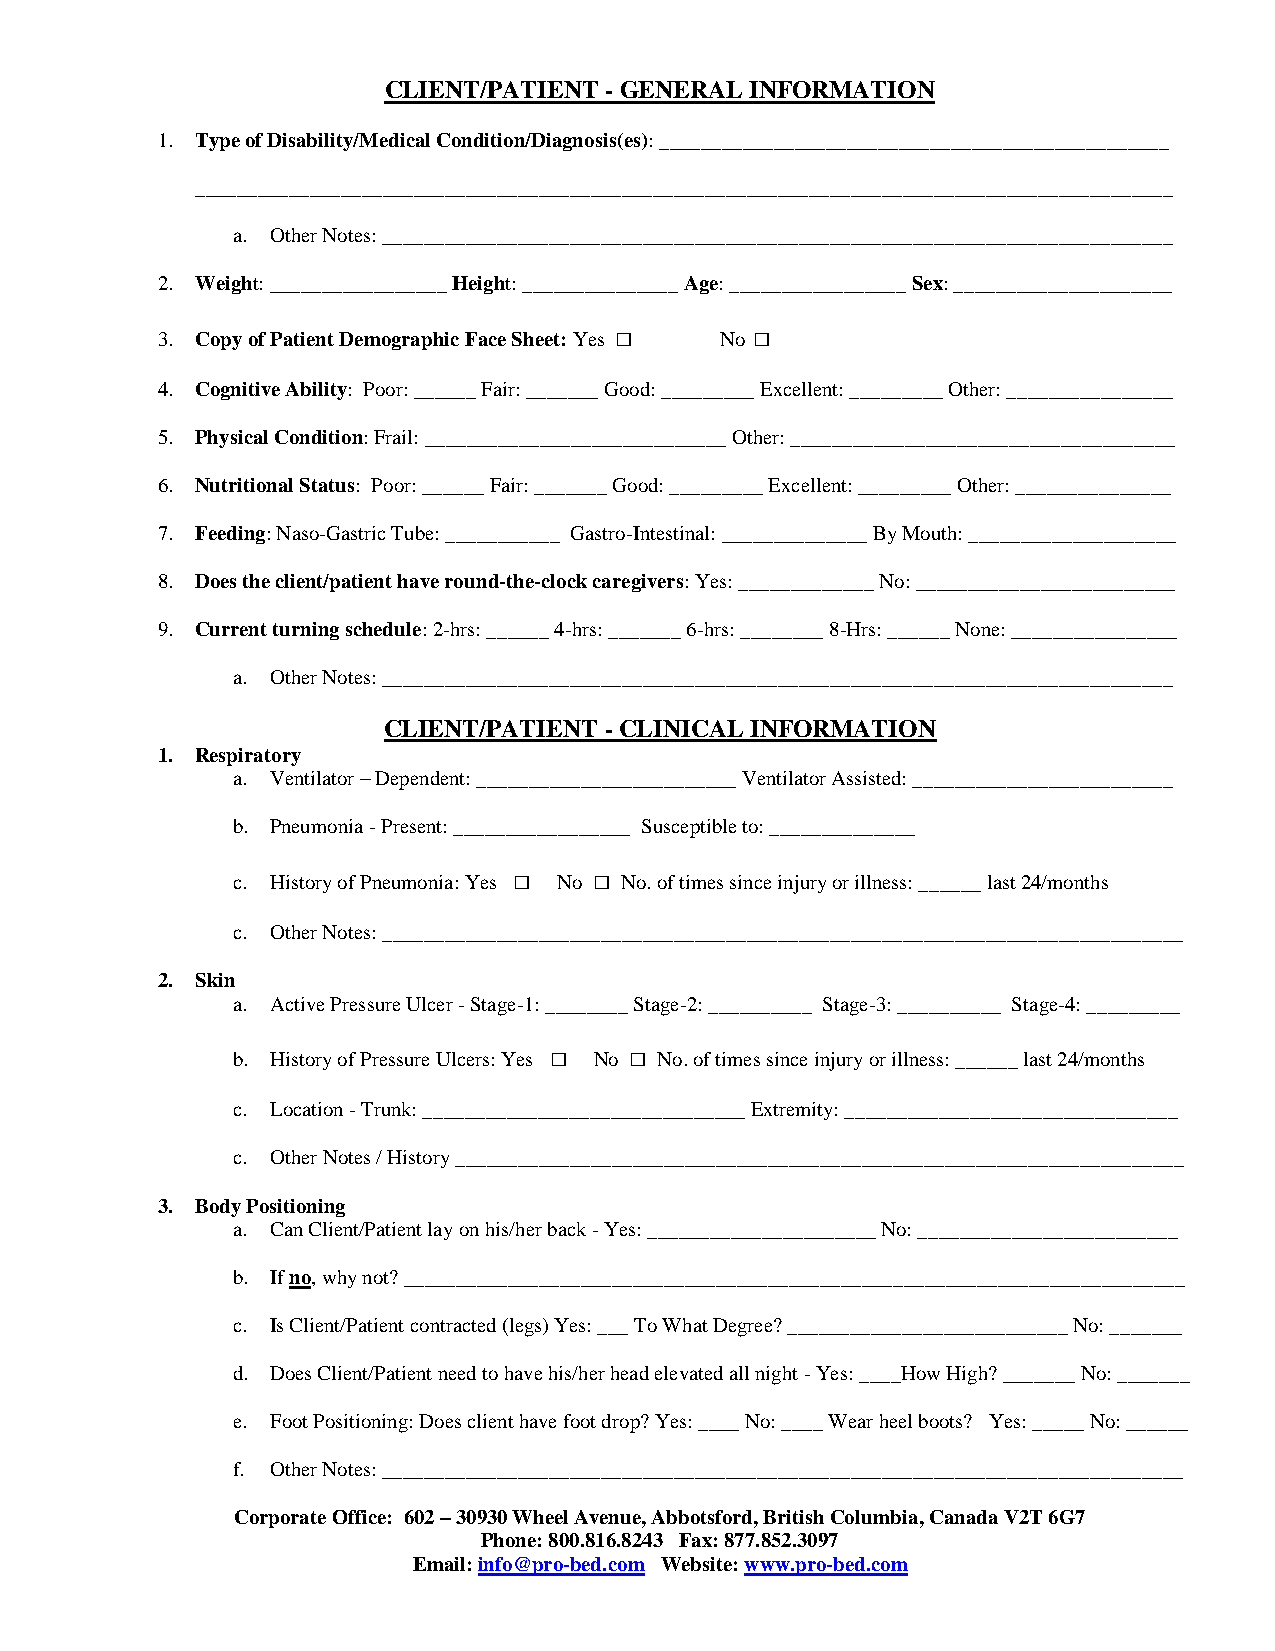
CLIENT/PATIENT - GENERAL INFORMATION
 1. Type of Disability/Medical Condition/Diagnosis(es): _________________________________________________
 ______________________________________________________________________________________________
 a. Other Notes: ____________________________________________________________________________
 2. Weight: _________________ Height: _______________ Age: _________________ Sex: _____________________
 □        □
 3. Copy of Patient Demographic Face Sheet: Yes No
 4. Cognitive Ability: Poor: ______ Fair: _______ Good: _________ Excellent: _________ Other: ________________
 5. Physical Condition: Frail: _____________________________ Other: _____________________________________
 6. Nutritional Status: Poor: ______ Fair: _______ Good: _________ Excellent: _________ Other: _______________
 7. Feeding: Naso-Gastric Tube: ___________ Gastro-Intestinal: ______________ By Mouth: ____________________
 8. Does the client/patient have round-the-clock caregivers: Yes: _____________ No: _________________________
 9. Current turning schedule: 2-hrs: ______ 4-hrs: _______ 6-hrs: ________ 8-Hrs: ______ None: ________________
 a. Other Notes: ____________________________________________________________________________
 CLIENT/PATIENT - CLINICAL INFORMATION
 1. Respiratory
 a. Ventilator – Dependent: _________________________ Ventilator Assisted: _________________________
 b. Pneumonia - Present: _________________ Susceptible to: ______________
 □    □
 c. History of Pneumonia: Yes No No. of times since injury or illness: ______ last 24/months
 c. Other Notes: _____________________________________________________________________________
 2. Skin
 a. Active Pressure Ulcer - Stage-1: ________ Stage-2: __________ Stage-3: __________ Stage-4: _________
 □     □
 b. History of Pressure Ulcers: Yes No No. of times since injury or illness: ______ last 24/months
 c. Location - Trunk: _______________________________ Extremity: ________________________________
 c. Other Notes / History ______________________________________________________________________
 3. Body Positioning
 a. Can Client/Patient lay on his/her back - Yes: ______________________ No: _________________________
 b. If no, why not? ___________________________________________________________________________
 c. Is Client/Patient contracted (legs) Yes: ___ To What Degree? ___________________________ No: _______
 d. Does Client/Patient need to have his/her head elevated all night - Yes: ____How High? _______ No: _______
 e. Foot Positioning: Does client have foot drop? Yes: ____ No: ____ Wear heel boots? Yes: _____ No: ______
 f. Other Notes: _____________________________________________________________________________
 Corporate Office: 602 – 30930 Wheel Avenue, Abbotsford, British Columbia, Canada V2T 6G7
 Phone: 800.816.8243 Fax: 877.852.3097
 Email: info@pro-bed.com Website: www.pro-bed.com